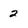
Character: 2